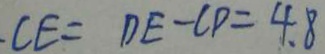
. C E = D E - C D = 4 . 8